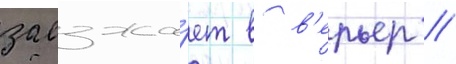
заезжа́ет в в'ерьер /